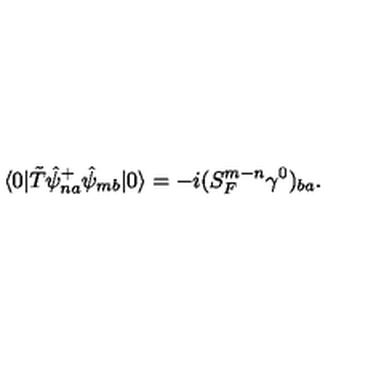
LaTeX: \langle 0 | \tilde { T } \hat { \psi } _ { n a } ^ { + } \hat { \psi } _ { m b } | 0 \rangle = - i ( S _ { F } ^ { m - n } \gamma ^ { 0 } ) _ { b a } .